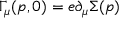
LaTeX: \Gamma _ { \mu } ( p , 0 ) = e \partial _ { \mu } \Sigma ( p )